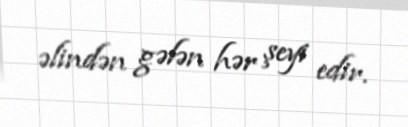
əlindən gələn hər şeyi edir.